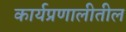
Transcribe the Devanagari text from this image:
कार्यप्रणालीतील